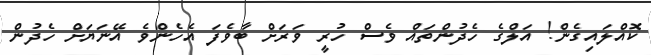
ކޮއްލައިގެން! އަލްގެ ހެދުންތައް ވެސް ހުރީ ވަރަށް ބާވެފަ އެހެންވެ އޭނަޔަށް ހެދުން